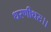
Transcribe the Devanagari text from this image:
धरणीधरः।।